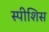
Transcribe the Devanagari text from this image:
स्पीशिस